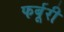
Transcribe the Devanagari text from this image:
फर्बूरी